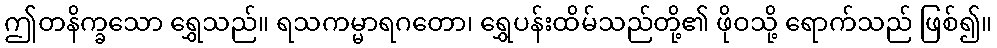
ဤတနိက္ခသော ရွှေသည်။ ရသကမ္မာရဂတော၊ ရွှေပန်းထိမ်သည်တို့၏ ဖိုဝသို့ ရောက်သည် ဖြစ်၍။